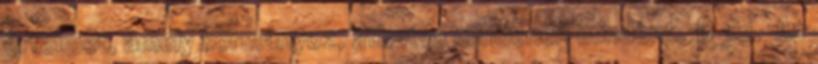
értelmet, amely kormányoz, áthatva mindenen mindent. B 32. Az